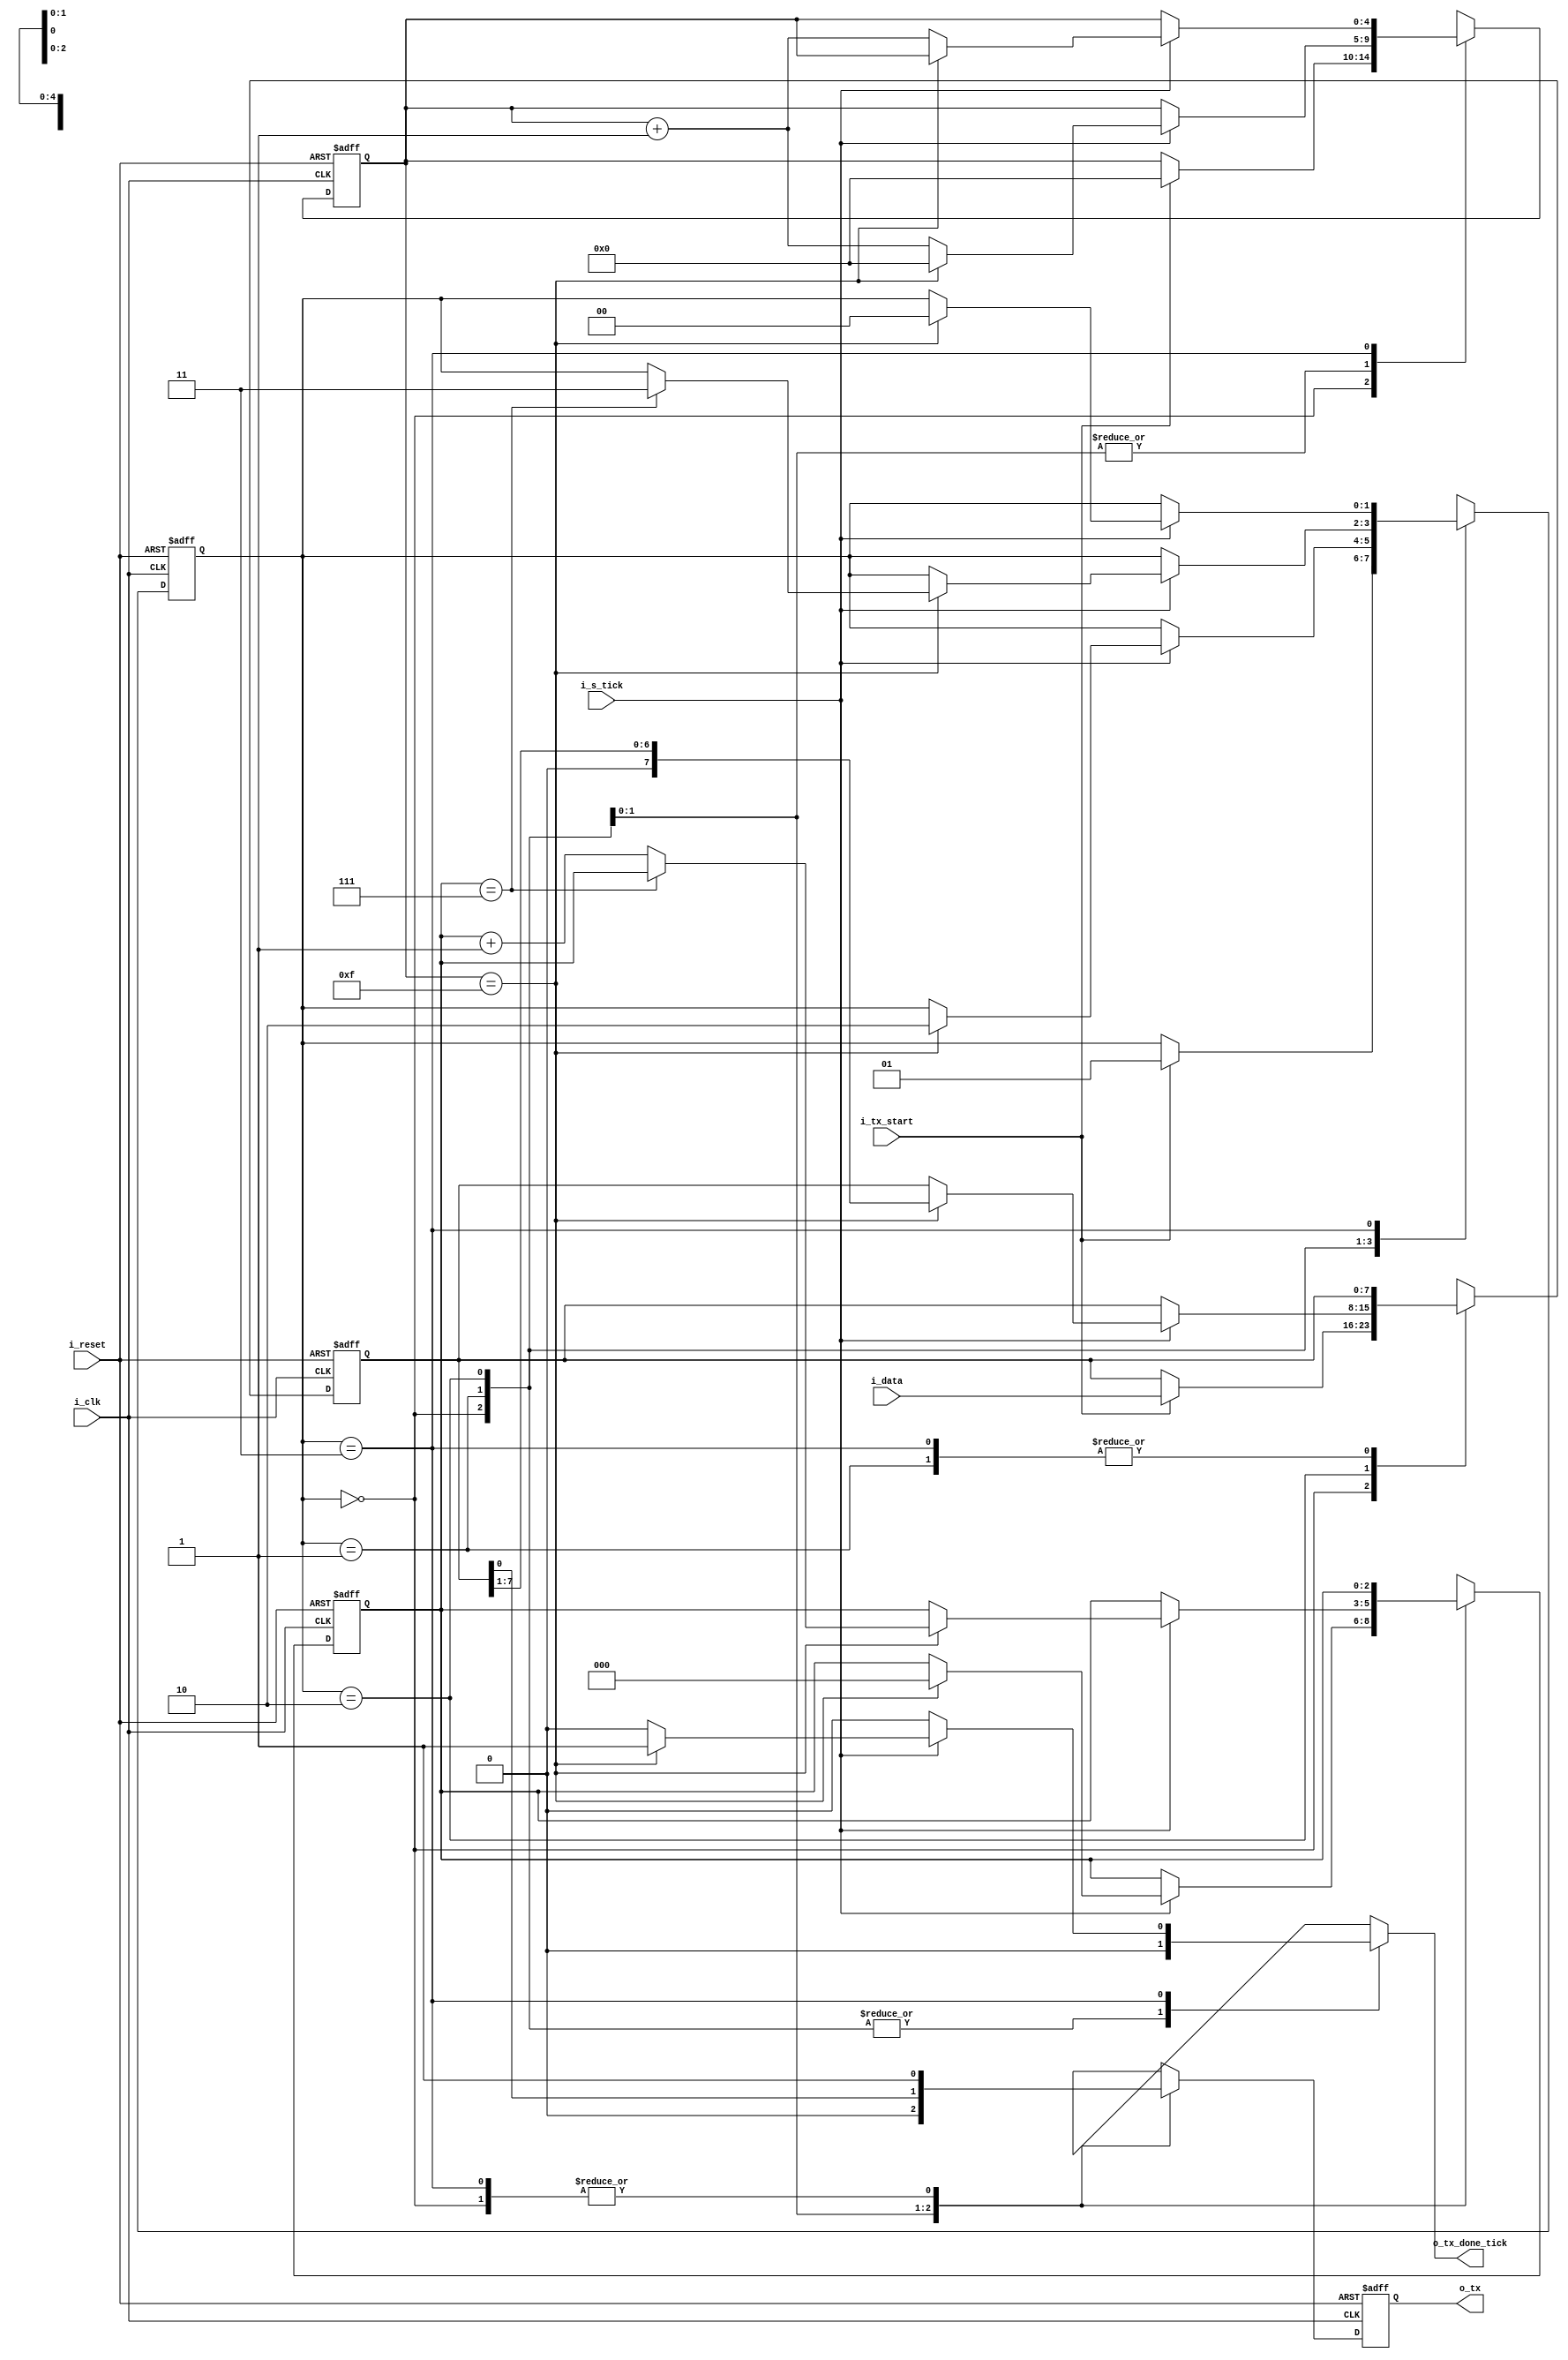
module uart_tx(
    input i_clk, i_reset, 
    input i_tx_start,           //receive bit
    input i_s_tick,             //enable start tick from baud rate generator. samples 16 times per bit
    input [DBIT-1:0] i_data,
    output reg o_tx_done_tick, 
    output o_tx
    );
    
    parameter DBIT = 8, //data bits in message
              SB_TICK = 16; //ticks to sample stop bit
              
    localparam [1:0] idle = 2'b00, 
                     start = 2'b01, 
                     data = 2'b10, 
                     stop = 2'b11;
                     
    reg [1:0]      s_state_reg, s_state_next;  //state register
    reg [4:0]      s_s_reg,     s_s_next;      //reg for 16 tick samples per bit
    reg [2:0]      s_n_reg,     s_n_next;      //n keeps track of sampling data bit
    reg [DBIT-1:0] s_b_reg,     s_b_next;      //reg to store received data bits, max set by DBIT parameter
    reg            s_tx_reg,    s_tx_next;     //1 bit output buffer to avoid glitches
    
    always @(posedge i_clk, posedge i_reset)
        if(i_reset)
            begin
                s_state_reg <= idle;
                s_s_reg     <= 0;
                s_n_reg     <= 0;
                s_b_reg     <= 0;
                s_tx_reg    <= 1'b1;
            end
        else
            begin
                s_state_reg <= s_state_next;
                s_s_reg     <= s_s_next;
                s_n_reg     <= s_n_next;
                s_b_reg     <= s_b_next;
                s_tx_reg    <= s_tx_next;
            end
    
    always @*
        begin
            //default assignments
            s_state_next = s_state_reg;
            s_s_next     = s_s_reg;
            s_n_next     = s_n_reg;
            s_b_next     = s_b_reg;
            s_tx_next    = s_tx_reg;
            
            o_tx_done_tick = 1'b0;
        
            case(s_state_reg)
                idle:
                    begin
                        s_tx_next = 1'b1;
                        if(i_tx_start)
                            begin
                                s_state_next = start;
                                s_s_next = 0;
                                s_b_next = i_data;
                            end
                    end
                start:
                    begin
                        s_tx_next = 1'b0;
                        if(i_s_tick)
                            if(s_s_reg == 15)
                                begin
                                    s_state_next = data;
                                    s_s_next = 0;
                                    s_n_next = 0;
                                end
                            else 
                                s_s_next = s_s_reg + 1;
                    end
                data:
                    begin
                    s_tx_next = s_b_reg[0];
                        if(i_s_tick)
                            if (s_s_reg == 15) //samples after 15 more ticks since goes from middle of start bit to middle of data bit
                                begin
                                    s_s_next = 0; //reset tick counter to 0
                                    s_b_next = s_b_reg >> 1; //shift transmit bits right 1 since LSB received first
                                    if (s_n_reg == DBIT - 1) //if read last data bit
                                        s_state_next = stop;
                                    else
                                        s_n_next = s_n_reg + 1;
                                end
                            else
                                s_s_next = s_s_reg + 1;
                     end
                stop:
                    begin
                        s_tx_next = 1'b1;
                        if(i_s_tick)
                            if(s_s_reg == (SB_TICK - 1)) //monitors stop bit after 16 ticks by default
                                begin
                                    s_state_next = idle;
                                    o_tx_done_tick = 1'b1;
                                end
                            else
                                s_s_next = s_s_reg + 1;
                    end
            
            endcase
        end
     
     assign o_tx = s_tx_reg;
     
endmodule